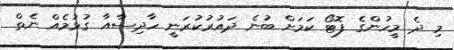
މި ދެ މީހުންގެ ފޮޓޯ ކަމަށް ބުނެ ދައުރުކުރަނީ ހާދިސާއާ ގުޅުމެއް ނެތް